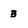
Character: 3